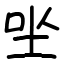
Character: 㘴